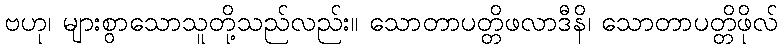
ဗဟု၊ များစွာသောသူတို့သည်လည်း။ သောတာပတ္တိဖလာဒီနိ၊ သောတာပတ္တိဖိုလ်